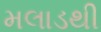
મલાડથી